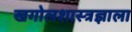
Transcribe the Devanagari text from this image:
खगोलशास्त्रज्ञाला